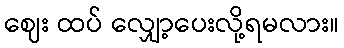
ဈေး ထပ် လျှော့ပေးလို့ရမလား။